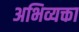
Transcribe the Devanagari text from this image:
अभिव्यक्ता